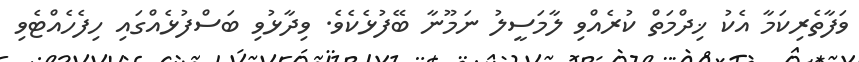
ވަފާތެރިކަމާ އެކު ޚިދްމަތް ކުރެއްވި ލާމަސީލު ނަމޫނާ ބޭފުޅެކެވެ. ވިދާޅުވި ބަސްފުޅެއްގައި ހިފެހެއްޓެވި